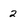
Character: 2